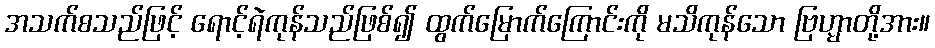
အသက်စသည်ဖြင့် ရောင့်ရဲကုန်သည်ဖြစ်၍ ထွက်မြောက်ကြောင်းကို မသိကုန်သော ဗြဟ္မာတို့အား။